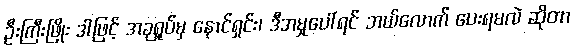
ဦးကြီးဖြိုး ဒါဖြင့် အခုရှုပ်မှ နောင်ရှင်း၊ ဒီအမှုပေါ်ရင် ဘယ်လောက် ပေးရမလဲ ဆိုတာ